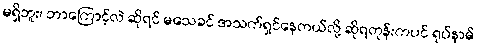
မရှိဘူး၊ ဘာကြောင့်လဲ ဆိုရင် မသေခင် အသက်ရှင်နေတယ်လို့ ဆိုရတုန်းကပင် ရုပ်နာမ်